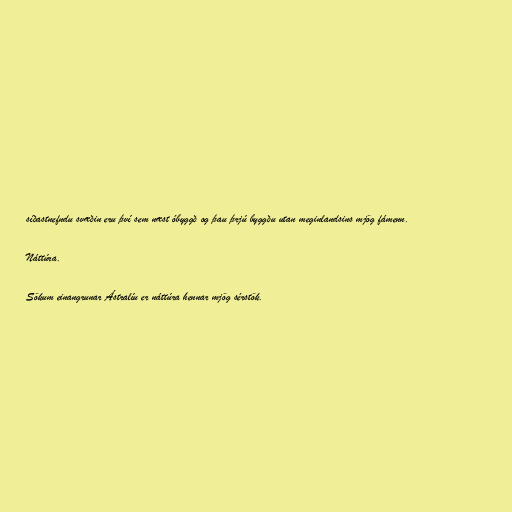
síðastnefndu svæðin eru því sem næst óbyggð og þau þrjú byggðu utan meginlandsins mjög fámenn.

Náttúra.

Sökum einangrunar Ástralíu er náttúra hennar mjög sérstök.